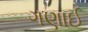
ગણાઈ